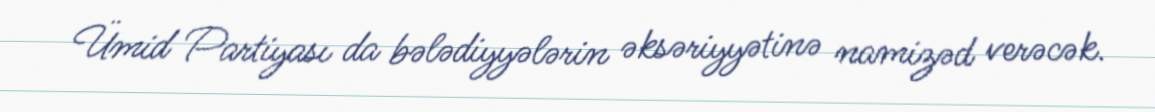
Ümid Partiyası da bələdiyyələrin əksəriyyətinə namizəd verəcək.